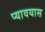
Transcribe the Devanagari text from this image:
प्यावयास